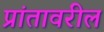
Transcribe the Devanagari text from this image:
प्रांतावरील